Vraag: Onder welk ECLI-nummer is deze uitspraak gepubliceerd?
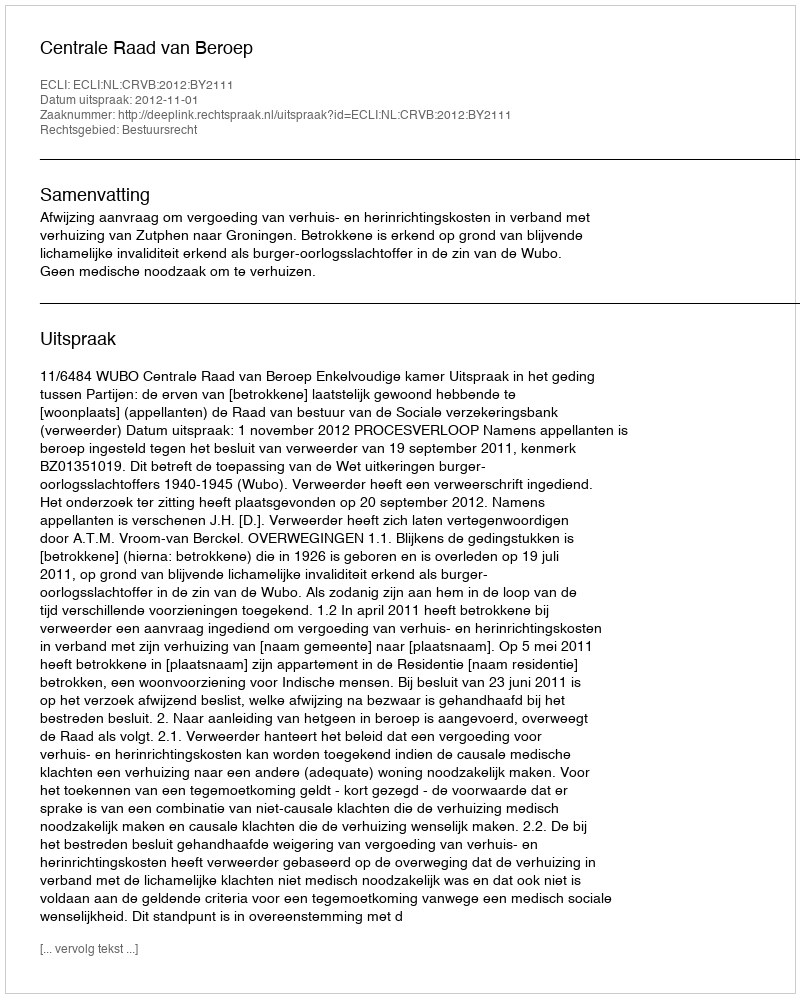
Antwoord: ECLI:NL:CRVB:2012:BY2111